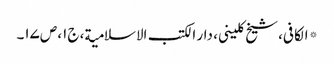
* الکافی، شیخ کلینی، دار الکتب الاسلامیة، ج۱، ص۱۷۔